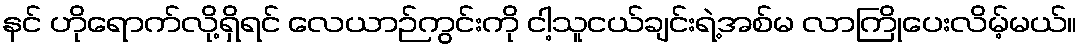
နင် ဟိုရောက်လို့ရှိရင် လေယာဉ်ကွင်းကို ငါ့သူငယ်ချင်းရဲ့အစ်မ လာကြိုပေးလိမ့်မယ်။